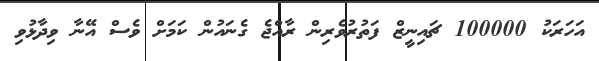
އަހަރަކު 100000 ޗައިނީޒް ފަތުރުވެރިން ރާއްޖެ ގެނައުން ކަމަށް ވެސް އޭނާ ވިދާޅުވި